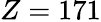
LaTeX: Z=171